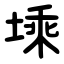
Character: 塖